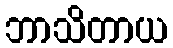
ဘာသိတာယ